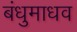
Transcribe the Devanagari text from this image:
बंधुमाधव